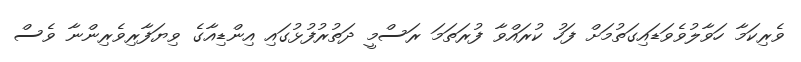
ވެރިކަމާ ހަވާލުވެވަޑައިގަތުމަށް ފަހު ކުރައްވާ ފުރަތަމަ ރަސްމީ ދަތުރުފުޅުގައި އިންޑިއާގެ ވިޔަފާރިވެރިންނާ ވެސް